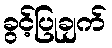
ခွင့်ပြုချက်